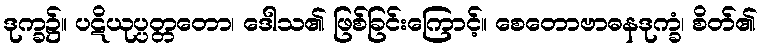
ဒုက္ခ၌။ ပဋိယုပ္ပတ္တတော၊ ဒေါသ၏ ဖြစ်ခြင်းကြောင့်။ စေတောဗာဓနဒုက္ခံ၊ စိတ်၏